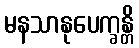
မနသာနုပေက္ခန္တိ